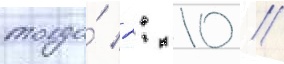
тогда́ 2: 10 //